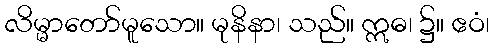
လိမ္မာတော်မူသော။ မုနိနာ၊ သည်။ ဣဓ၊ ၌။ ဧဝံ၊